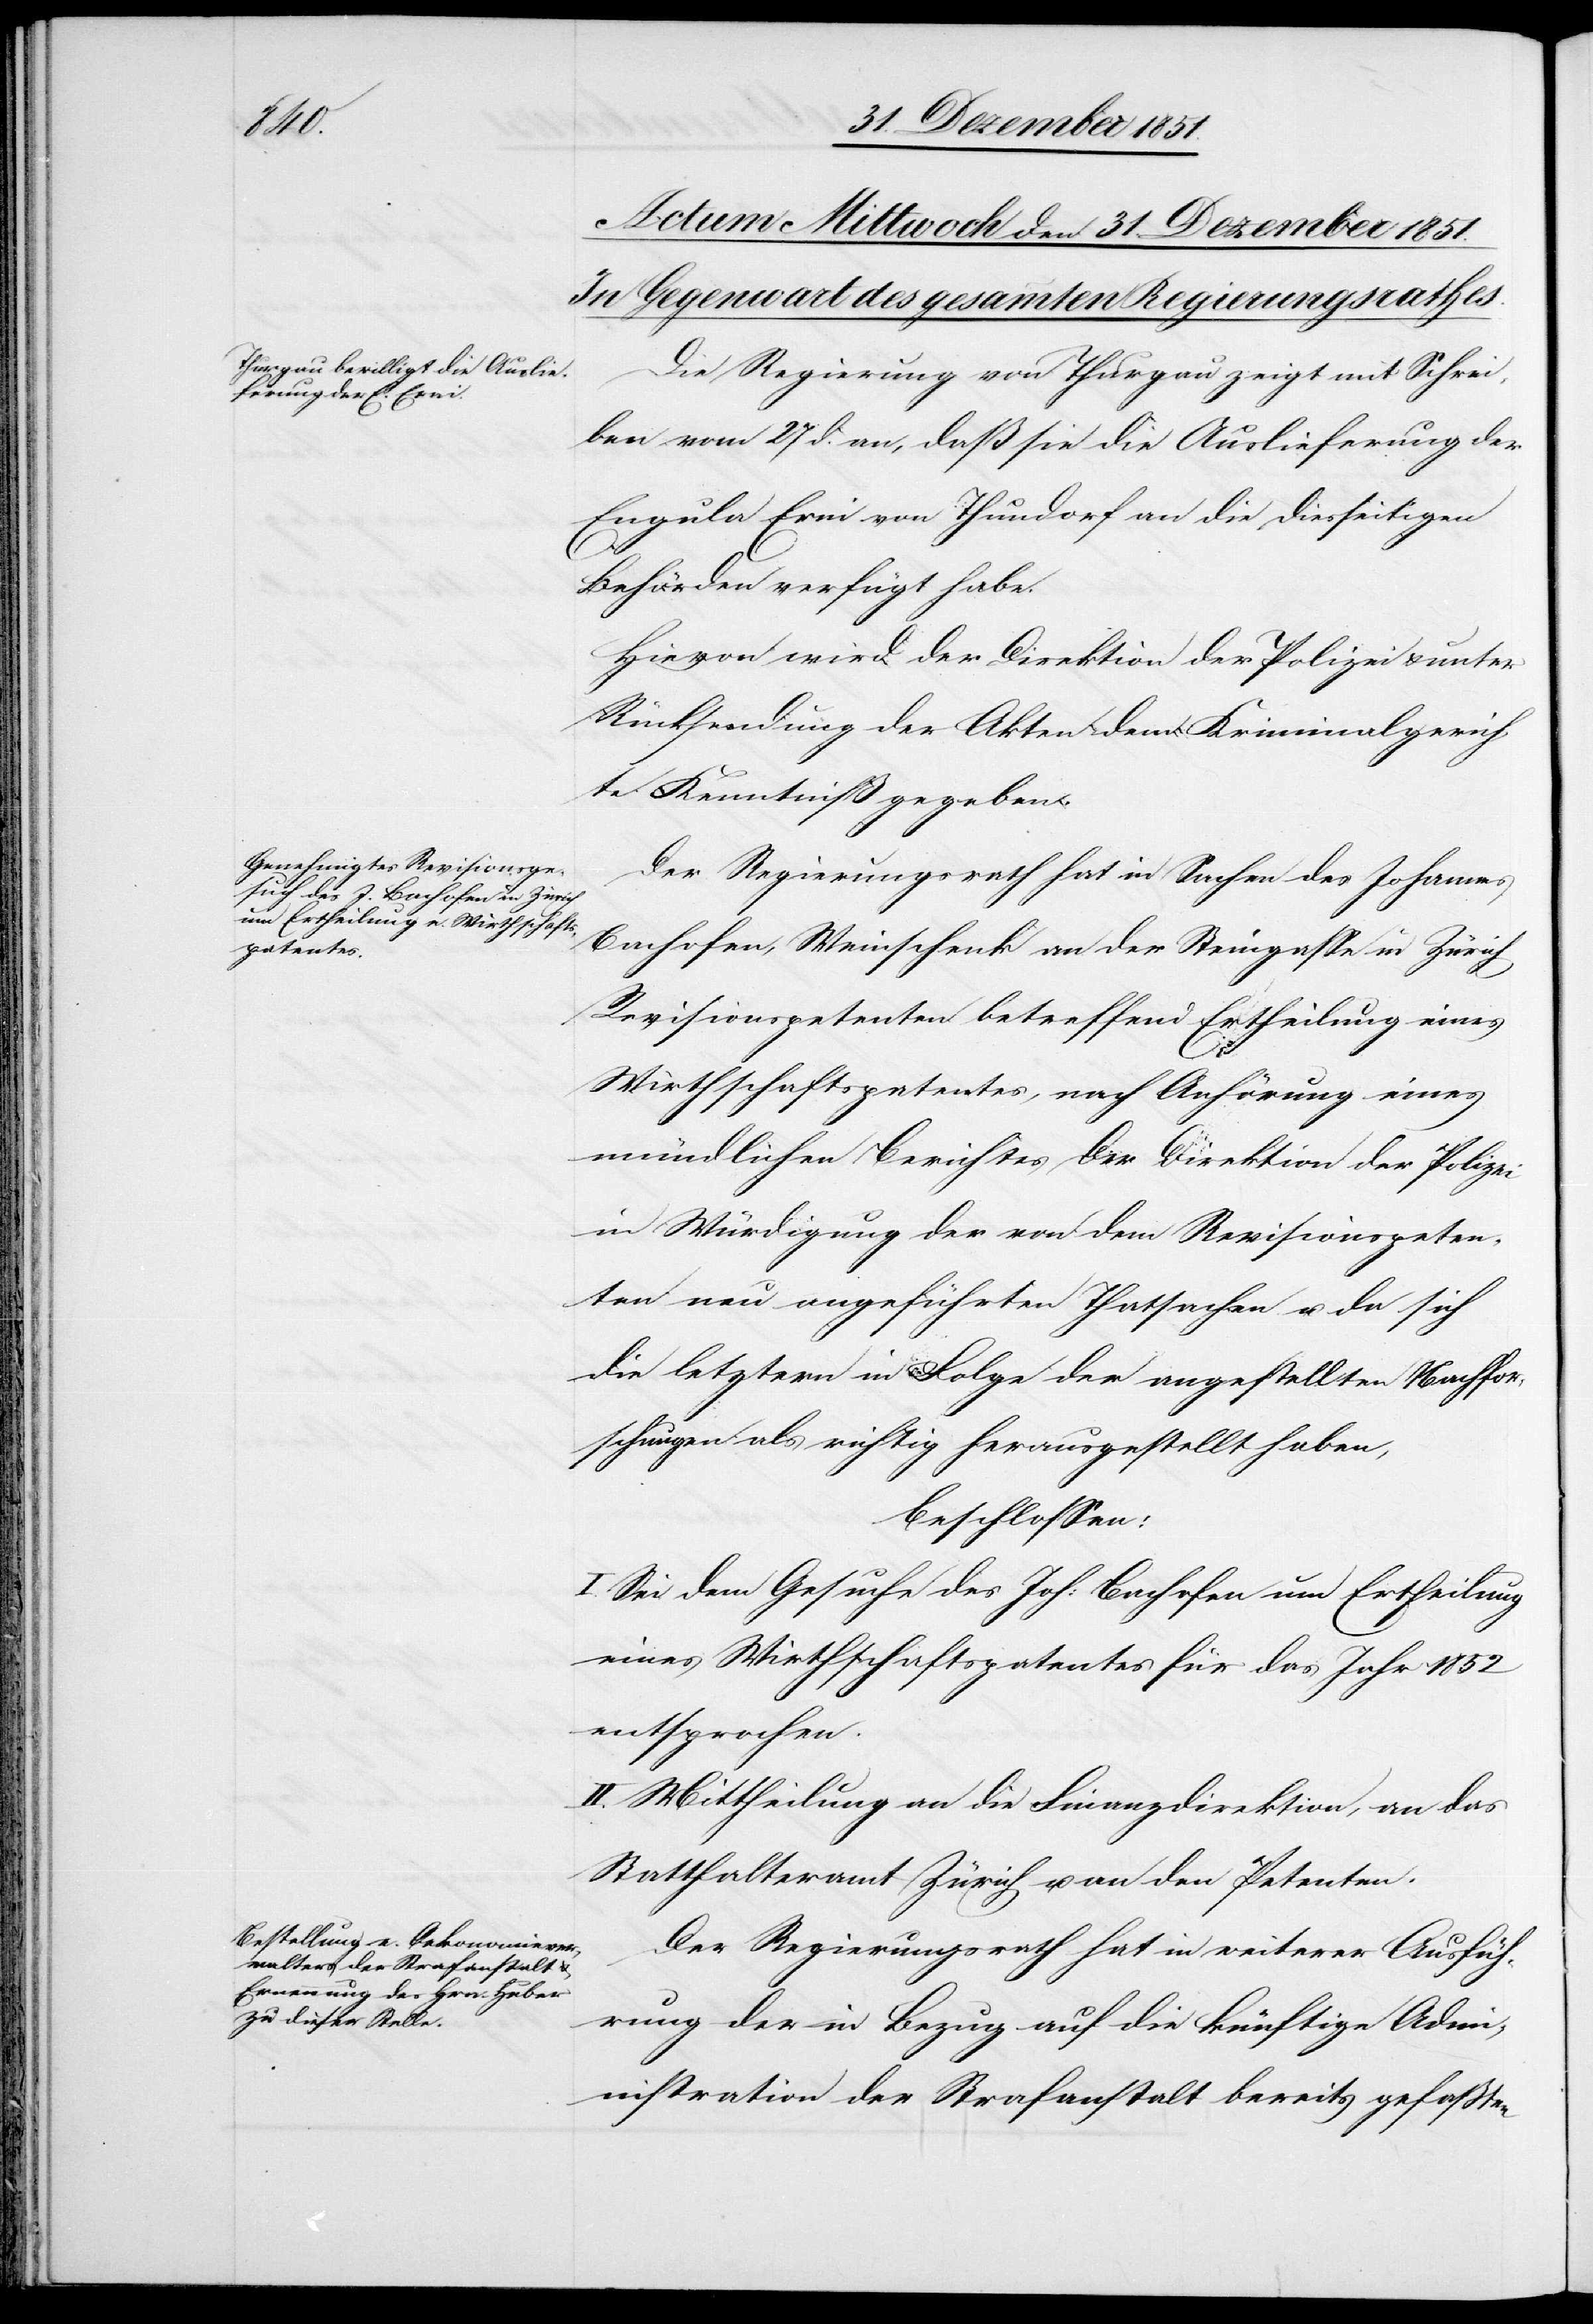
Die Regierung von Thurgau zeigt mit Schrei¬
ben vom 27 d. an, daß sie die Auslieferung der
Engula Erni von Thundorf an die diesseitigen
Behörden verfügt habe.
Hievon wird der Direktion der Polizei & unter
Rücksendung der Akten dem Kriminalgerich¬
te Kenntniß gegeben.
Der Regierungsrath hat in Sachen des Johannes
Bachofen, Weinschenk an der Steingasse in Zürich
Revisionspetenten betreffend Ertheilung eines
Wirthschaftspatentes, nach Anhörung eines
mündlichen Berichtes der Direktion der Polizei
in Würdigung der von dem Revisionspeten¬
ten neu angeführten Thatsachen u. da sich
die letztern in Folge der angestellten Nachfor¬
schungen als richtig herausgestellt haben,
beschlossen:
I. Sei dem Gesuche des Joh: Bachofen um Ertheilung
eines Wirthschaftspatentes für das Jahr 1852
entsprochen.
II. Mittheilung an die Finanzdirektion, an das
Statthalteramt Zürich u. an den Petenten.
Der Regierungsrath hat in weiterer Ausfüh¬
rung der in Bezug auf die künftige Adm¬
inistration der Strafanstalt bereits gefaßten